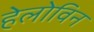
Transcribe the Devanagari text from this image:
हेलोविन